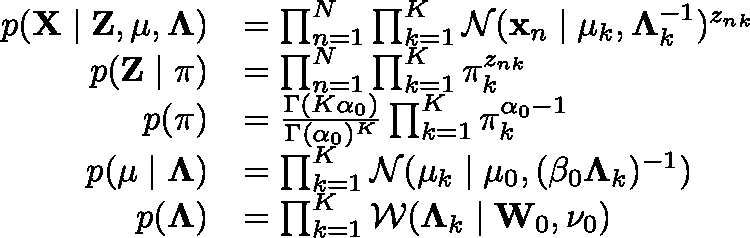
{ \begin{array} { r l } { p ( \mathbf { X } \mid \mathbf { Z } , \mathbf { \mu } , \mathbf { \Lambda } ) } & { = \prod _ { n = 1 } ^ { N } \prod _ { k = 1 } ^ { K } { \mathcal { N } } ( \mathbf { x } _ { n } \mid \mathbf { \mu } _ { k } , \mathbf { \Lambda } _ { k } ^ { - 1 } ) ^ { z _ { n k } } } \\ { p ( \mathbf { Z } \mid \mathbf { \pi } ) } & { = \prod _ { n = 1 } ^ { N } \prod _ { k = 1 } ^ { K } \pi _ { k } ^ { z _ { n k } } } \\ { p ( \mathbf { \pi } ) } & { = { \frac { \Gamma ( K \alpha _ { 0 } ) } { \Gamma ( \alpha _ { 0 } ) ^ { K } } } \prod _ { k = 1 } ^ { K } \pi _ { k } ^ { \alpha _ { 0 } - 1 } } \\ { p ( \mathbf { \mu } \mid \mathbf { \Lambda } ) } & { = \prod _ { k = 1 } ^ { K } { \mathcal { N } } ( \mathbf { \mu } _ { k } \mid \mathbf { \mu } _ { 0 } , ( \beta _ { 0 } \mathbf { \Lambda } _ { k } ) ^ { - 1 } ) } \\ { p ( \mathbf { \Lambda } ) } & { = \prod _ { k = 1 } ^ { K } { \mathcal { W } } ( \mathbf { \Lambda } _ { k } \mid \mathbf { W } _ { 0 } , \nu _ { 0 } ) } \end{array} }